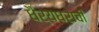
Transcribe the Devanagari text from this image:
धैर्यधराची